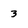
Character: 3